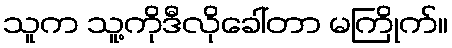
သူက သူ့ကိုဒီလိုခေါ်တာ မကြိုက်။